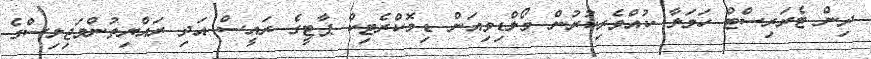
ދިން ޓެރަރިސްޓް ހަމަލާ ކުއްވެރިކުރުން މޯލްޑިވިއަން ޑިމޮކްރެޓިކް ޕާޓީގެ ރައީސް އަދި ރައްޔިތުންމަޖިލިސްގެ